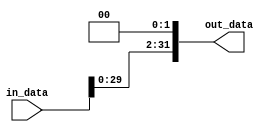
module Shift_2(
    input [31:0] in_data,
    output [31:0] out_data
    );
	 
	 reg [31:0] out_data = 0;
	 
	 always @*
		begin
			out_data <= in_data << 2;
		end


endmodule